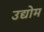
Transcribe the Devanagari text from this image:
उद्योम